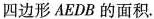
四边形AEDB的面积.